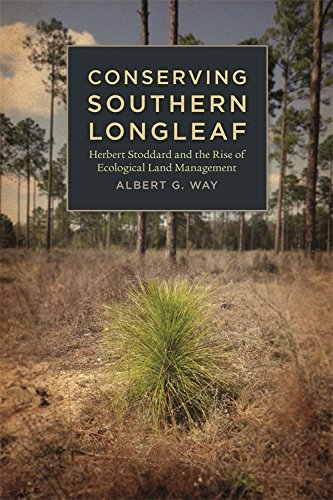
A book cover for Conserving Southern Longleaf: Herbert Stoddard and the Rise of Ecological Land Management (Environmental History and the American South); Albert Way; Science & Math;